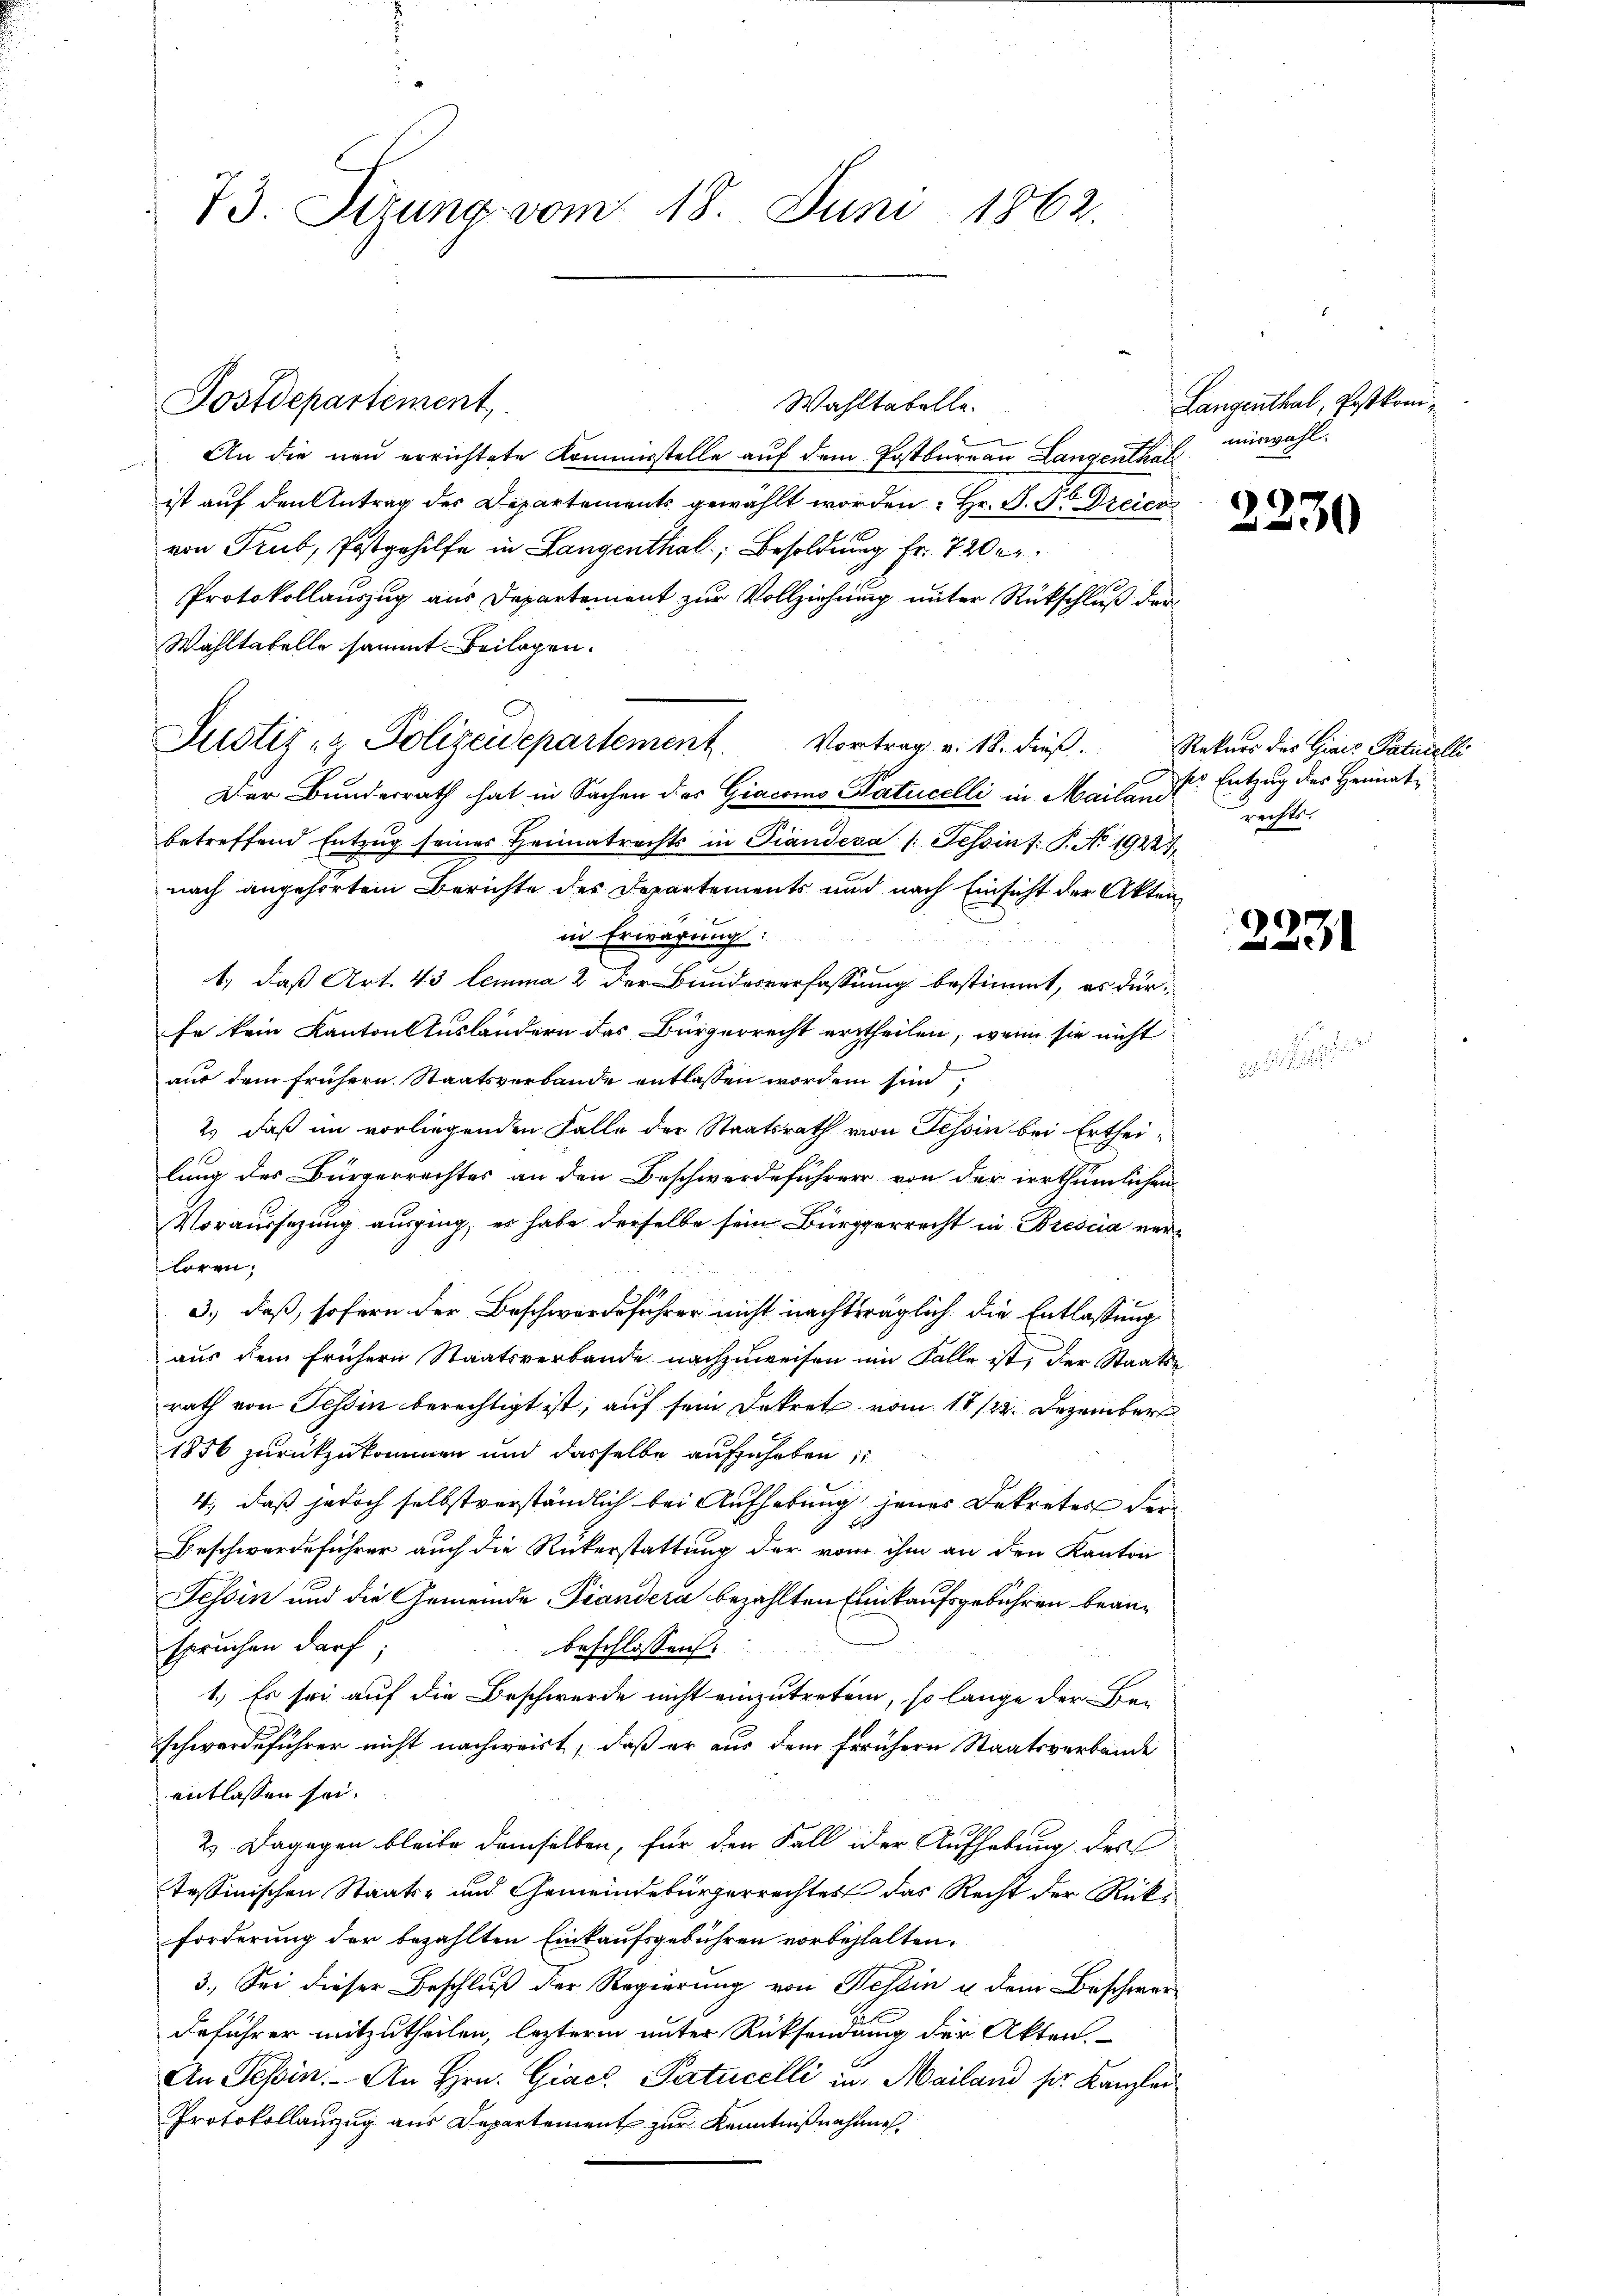
73. Sizung vom 18. Juni 1862.

Postdepartement,

Wahltabelle.
.
An die neu errichtete Kommerstelle auf dem Postbureau Langenthal mirwahl
ist auf den Antrag des Departements gewählt worden Hr. P. R. Dreier
von Trub, Postgehilfe in Langenthal, Besoldung fr. 720 er
Protokollauszug aus Departement zur Vollziehung unter Rückschluß der
Wahltatelle sammt Beilagen.
Justiz- & Polizeidepartement. Vortrag v. 18. dieß.
Der Bundesrath hat in Sachen des Giacomo Satucelli in Mailand
betreffend Entzug seines Heimatrechts in Piandesa /: Tessins: P. No. 19221,
nach angehörtem Berichte des Departements und nach Einsicht der Akten
in Erwägung.
1.) daß Art. 43 lemma 2 der Bundesverfassung bestimmt, es dürfe kein Kanton Ausländern des Bürgerrecht ertheilen, wenn sie nicht
aus dem frühern Staatsverbande entlassen worden sind,
2.) daß im vorliegenden Falle der Staatsrath von Tessin bei Ertheilung des Bürgerrechtes an den Beschwerdeführer von der irrthümlichen
Voraussezung ausging, es habe derselbe sein Bürgerrecht in Brescia verloren.
3.) daß, sofern der Beschwerdeführer nicht nachträglich die Entlassung
aus dem frühern Staatsverbande nachzuweisen ein Falle ist, der Staats-
rath von Tessin berechtigt ist, auf sein Dekret vom 11/22. Dezember
1856 zurückzukommen und dasselbe aufzuheben,
4., daß jedoch selbstverständlich bei Aufhebung jenes Dekreter der
.
Beschwerdeführer auch die Rükerstattung der vom ihm an den Kanton
Tessin und die Gemeinde Piandera bezahlten Einkaufsgebühren beanspruchen darf;
beschlossen:
1.) Es sei auf die Beschwerde nicht einzutreten, so lange der Be-
schwerdeführer nicht nachweist, daß er aus dem frühern Staatsverbände
entlassen sei.
2.) Dagegen bleibe demselben, für den Fall oder Aufhebung des
tessinischen Staats- und Gemeindebürgerrechtes das Recht der Rückforderung der bezahlten Einkaufsgebühren vorbehalten.
3.) Sei dieser Beschluß der Regierung von Hessin u. dem Beschwerdeführer mitzutheilen, lezteren unter Rücksendung der Akten.
An Tessin. An Hrn. Giacz Patucelli in Mailand sie Kanzler
Protokollanzug aus Departement zur Kenntnißnahme

Langenthal, Postkomi¬

2230

2231

Rekurs des Giais Paturelli
kr Entzug des Heimatrechts.